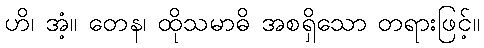
ဟိ၊ အံ့။ တေန၊ ထိုသမာဓိ အစရှိသော တရားဖြင့်။